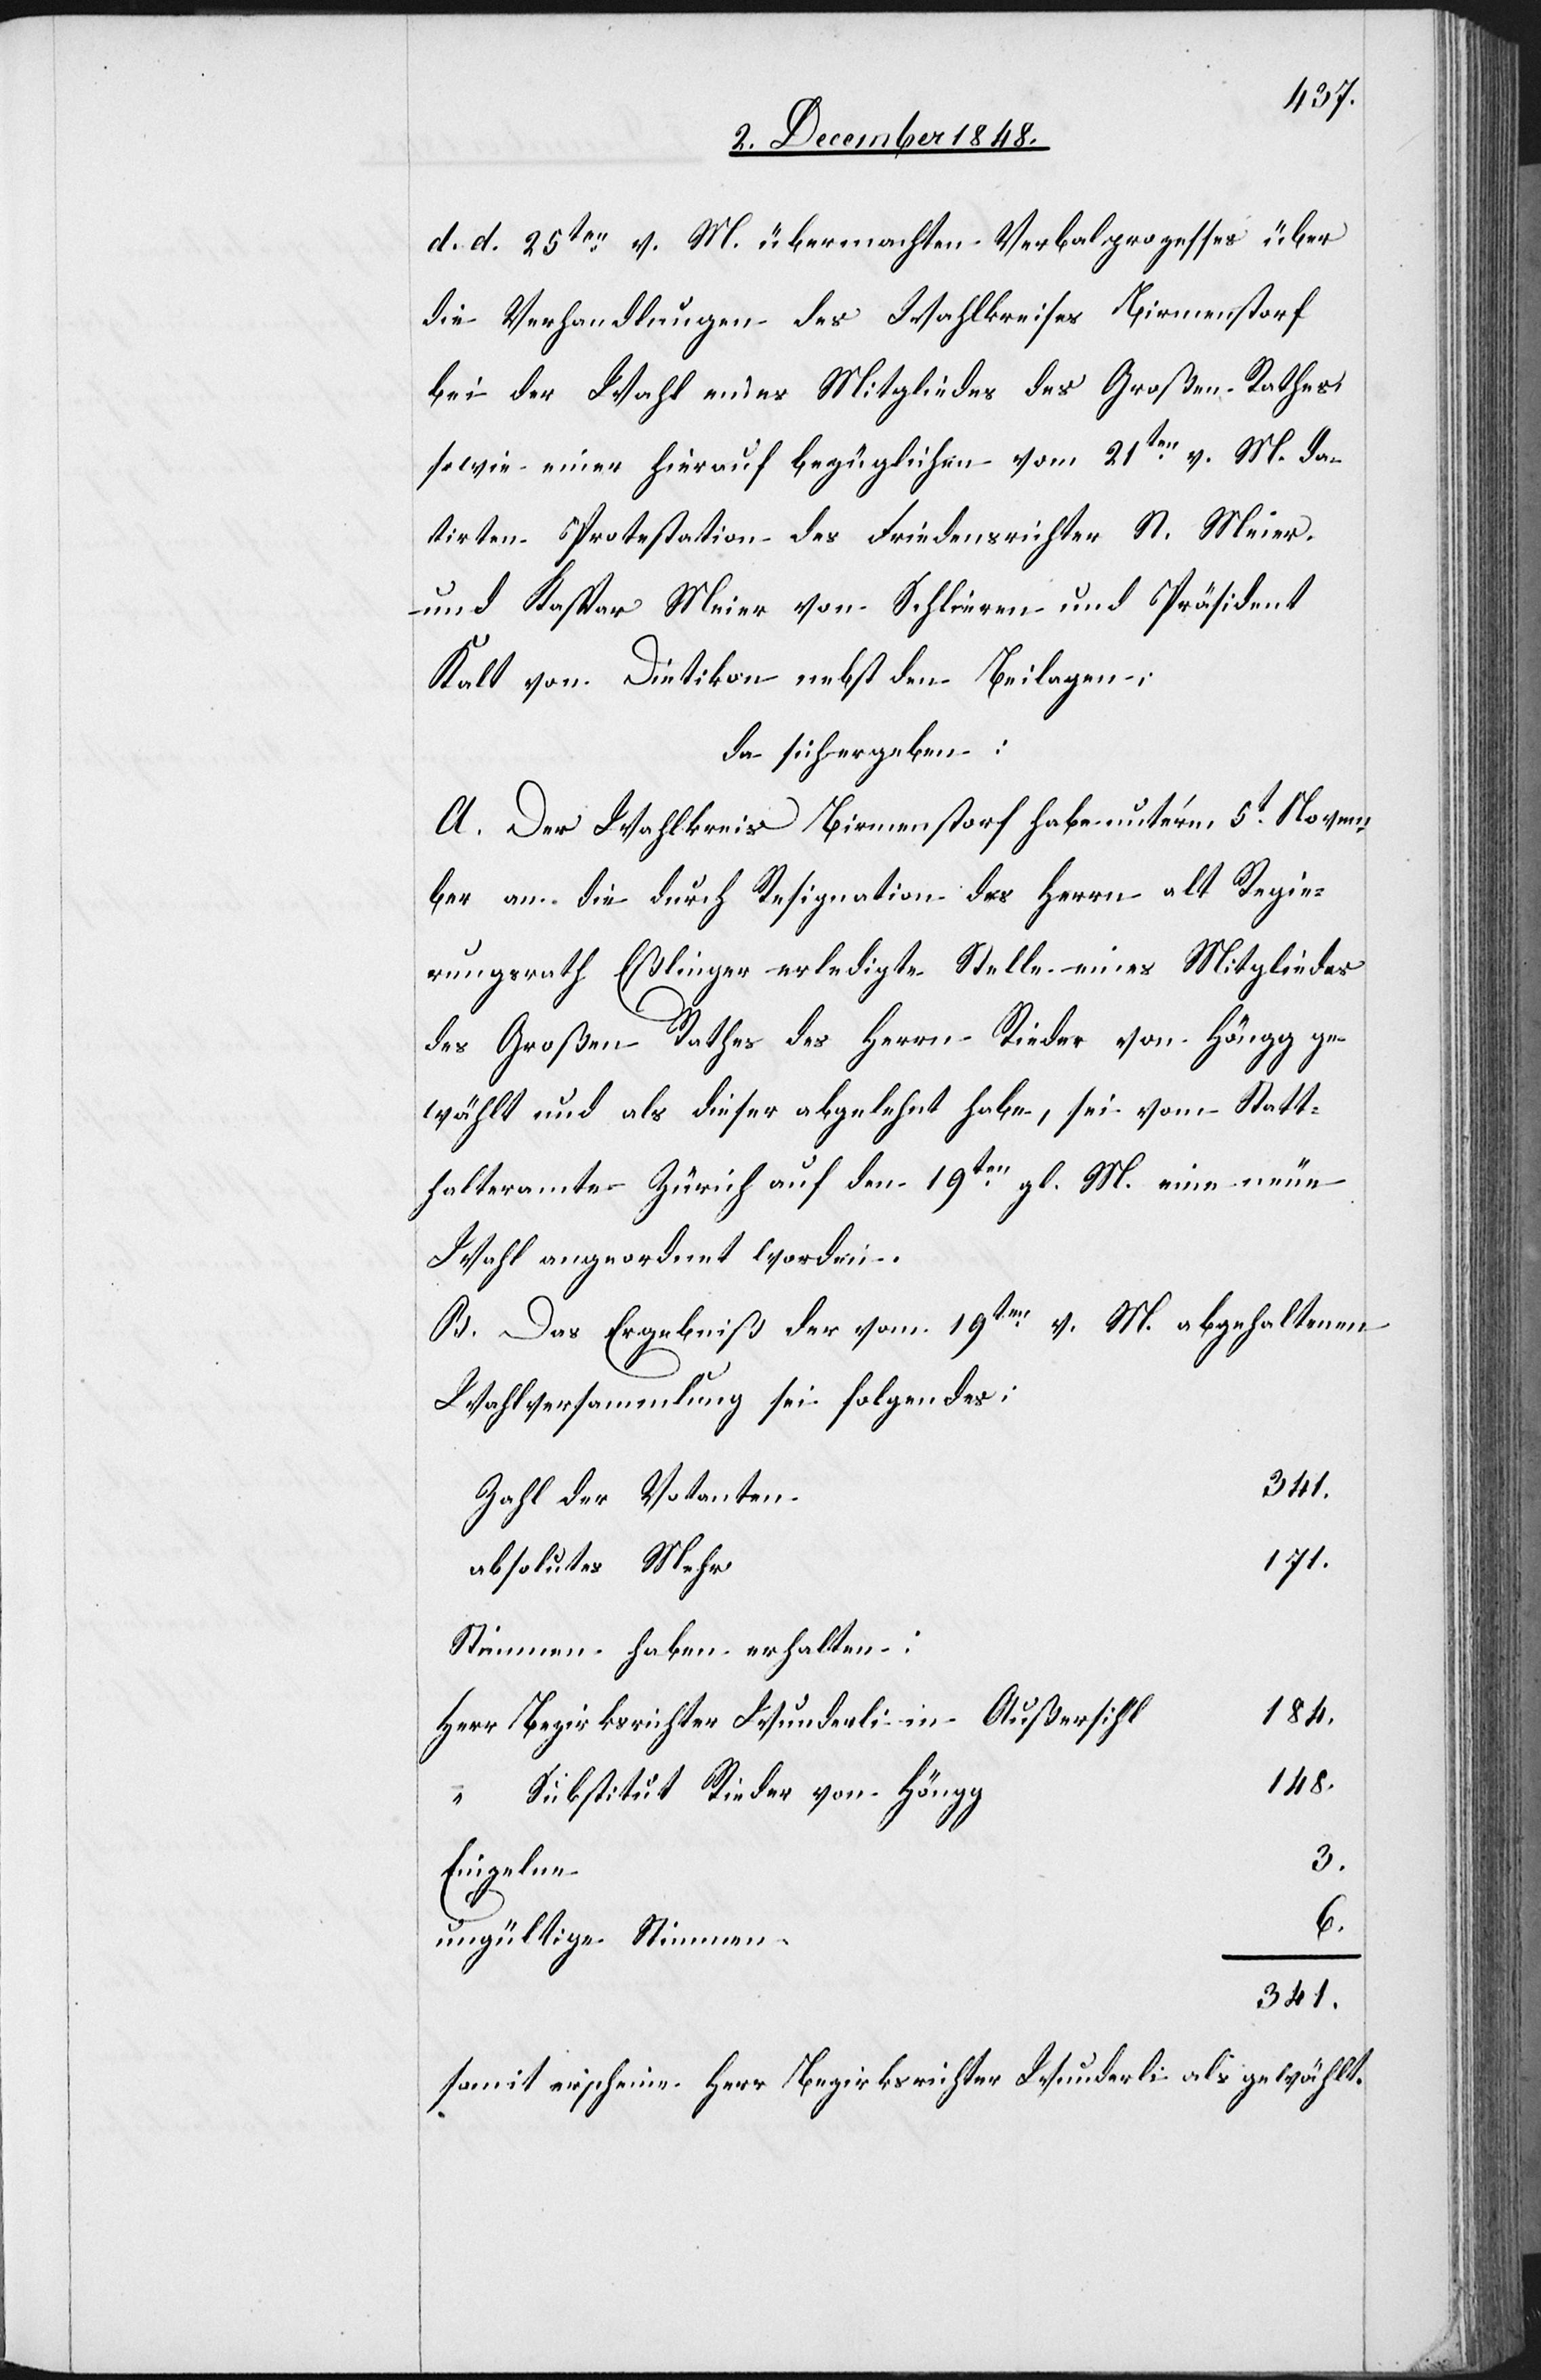
d. d. 25ten v. M. übermachten Verbalprozesses über
die Verhandlungen des Wahlkreises Birmenstorf
bei der Wahl eines Mitgliedes des Großen Rathes
sowie einer hierauf bezüglichen vom 21ten v. M. da¬
tirten Protestation des Friedensrichter N. Meier
und Kaspar Meier von Schlieren und Präsident
Kalt von Dietikon nebst den Beilagen;
da sich ergeben:
A. Der Wahlkreis Birmenstorf habe unter’m 5t Novem¬
ber an die durch Resignation des Herrn alt Regie¬
rungsrath Eßlinger erledigte Stelle eines Mitgliedes
des Großen Rathes des Herrn Rieder von Höngg ge¬
wählt und als dieser abgelehnt habe, sei vom Statt¬
halteramte Zürich auf den 19ten gl. M. eine neue
Wahl angeordnet worden.
B. Das Ergebniß der vom 19ten v. M. abgehaltenen
Wahlversammlung sei folgendes:
Zahl der Votanten
171.
absolutes Mehr
Stimmen haben erhalten:
184.
Herr Bezirksrichter Wunderli in Außersihl
148.
“ Substitut Rieder von Höngg
3.
Einzelne
6.
ungültige Stimmen
341.
somit erscheine Herr Bezirksrichter Wunderli als gewählt.